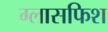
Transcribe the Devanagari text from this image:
ग्लासफिश